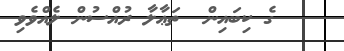
ގެ ކިބައިން  ތަޢާލާ ރުއްސުން ލެއްވެވި